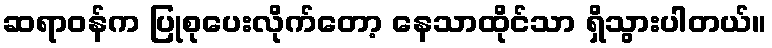
ဆရာဝန်က ပြုစုပေးလိုက်တော့ နေသာထိုင်သာ ရှိသွားပါတယ်။